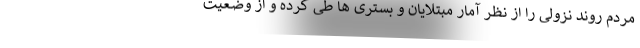
مردم روند نزولی را از نظر آمار مبتلایان و بستری ها طی کرده و از وضعیت